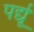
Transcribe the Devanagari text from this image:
पर्द्यू